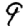
Digit: 9